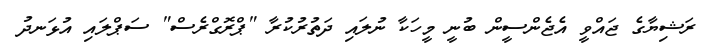
ރަޝިޔާގެ ޖައްވީ އެޖެންސީން ބުނީ މީހަކާ ނުލައި ދަތުރުކުރާ "ޕްރޮގްރެސް" ސަޕްލައި އުޅަނދު